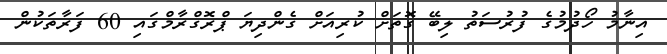
އިނާމު ހޯދުމުގެ ފުރުސަތު ލިބޭ ގޮތަށް ކުރިއަށް ގެންދިޔަ ޕްރޮގްރާމްގައި 60 ފަރާތަކުން